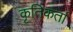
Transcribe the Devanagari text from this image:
कृतिकर्ता